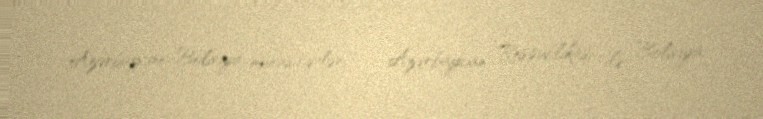
Azərbaycan–Boliviya münasibətləri — Azərbaycan Respublikası ilə Boliviya